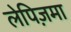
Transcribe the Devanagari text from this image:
लेपिज़मा